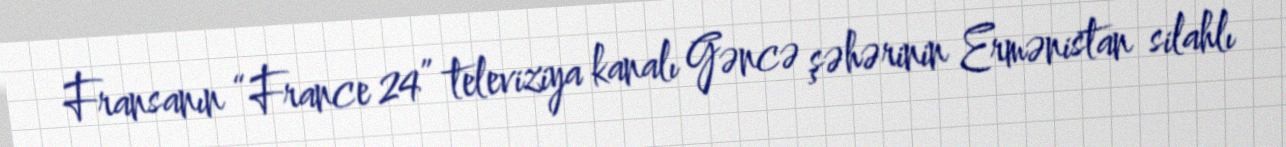
Fransanın “France 24” televiziya kanalı Gəncə şəhərinin Ermənistan silahlı